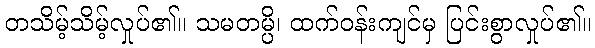
တသိမ့်သိမ့်လှုပ်၏။ သမတမ္ပိ၊ ထက်ဝန်းကျင်မှ ပြင်းစွာလှုပ်၏။